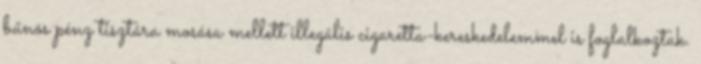
bűnös pénz tisztára mosása mellett illegális cigaretta-kereskedelemmel is foglalkoztak.